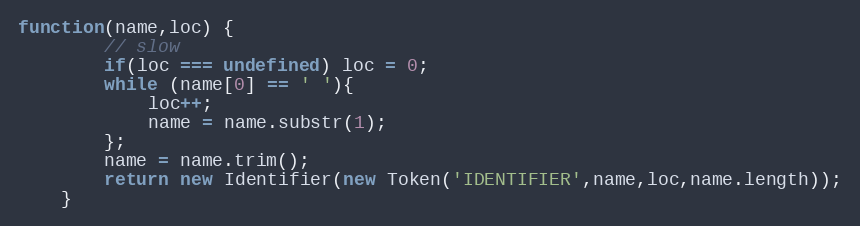
Language: JavaScript
function(name,loc) {
		// slow
		if(loc === undefined) loc = 0;
		while (name[0] == ' '){
			loc++;
			name = name.substr(1);
		};
		name = name.trim();
		return new Identifier(new Token('IDENTIFIER',name,loc,name.length));
	}